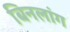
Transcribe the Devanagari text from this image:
बिनलांग